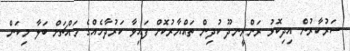
ސަރުކާރުން އިދިކޮޅު ރަންރީނދޫ ކުދިން ތައްޔާރުކޮށް ފައިވާ ކަރުދާހެއްގެ މައްޗަށް ބަލާ މިކަން